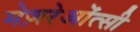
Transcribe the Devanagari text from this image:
मेज़रेओंत्सी